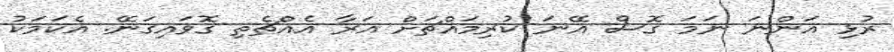
ރުޅި އަންނަ ނަމަ ގޮސް އޭނަ ކުރިމައްޗަށް އަރާ އެއްޗެތި ގޮވައިގަނޭ. އެކަމަކު